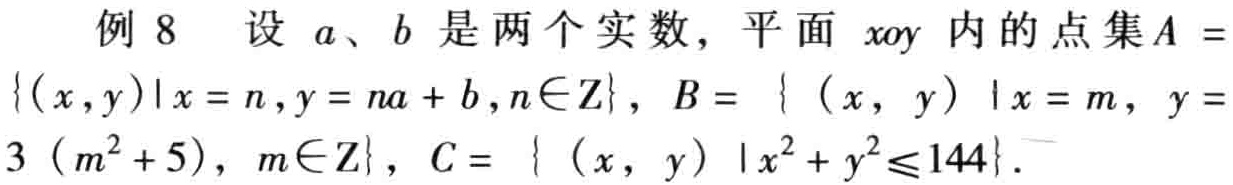
例 8 设 \(a\)、\(b\) 是两个实数，平面 \(xoy\) 内的点集\(A =\{(x,y)|x = n,y = na + b,n\in\mathbb{Z}\}\)，\(B = \{ (x, y) |x = m, y = 3(m^{2}+5), m\in\mathbb{Z}\}\)，\(C = \{ (x, y) |x^{2}+y^{2}\leq144\}\)。